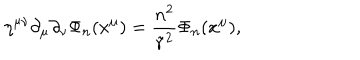
LaTeX: \eta ^ { \mu \nu } \partial _ { \mu } \partial _ { \nu } \Phi _ { n } ( x ^ { \mu } ) = \frac { n ^ { 2 } } { { \tilde { r } } ^ { 2 } } \Phi _ { n } ( x ^ { \mu } ) ,